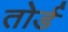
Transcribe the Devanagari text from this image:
तोर्ड